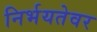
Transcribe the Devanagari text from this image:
निर्भयतेवर